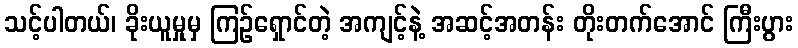
သင့်ပါတယ်၊ ခိုးယူမှုမှ ကြဉ်ရှောင်တဲ့ အကျင့်နဲ့ အဆင့်အတန်း တိုးတက်အောင် ကြီးပွား